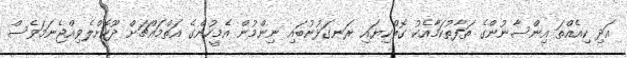
އަދި ކިއެއްތަ އިންސާނުންގެ ތަފާތުކަމާއެކު ގޮތްކިޔައި ރަނގަޅުނުބައި ނިންމުން އެމީހުންގެ އަތްމައްޗަށް ދޫކޮށްލެވިއްޖެނަމަވެސް